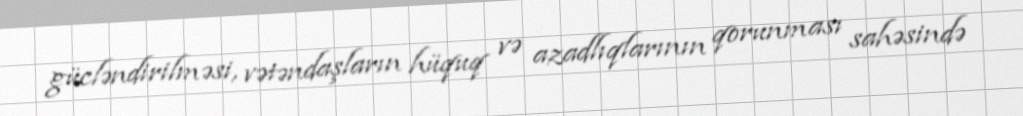
gücləndirilməsi, vətəndaşların hüquq və azadlıqlarının qorunması sahəsində